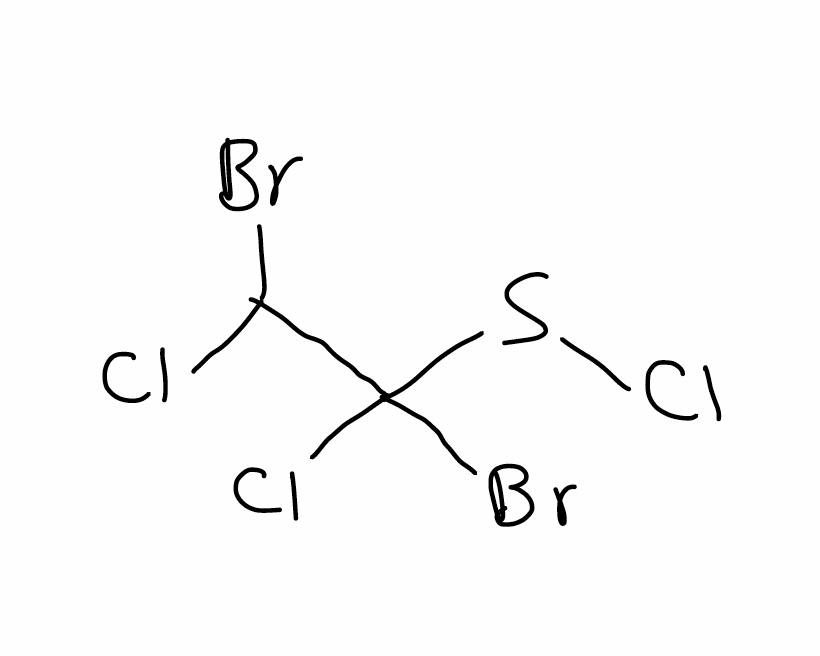
Simplified molecular-input line-entry system (SMILES) notation of the given molecule:
C(C(SCl)(Cl)Br)(Cl)Br